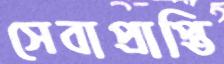
সেবাপ্রাপ্তি